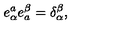
e _ { \alpha } ^ { a } e _ { a } ^ { \beta } = \delta _ { \alpha } ^ { \beta } ,